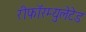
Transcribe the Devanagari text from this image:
रीफॉरम्युलेटेड